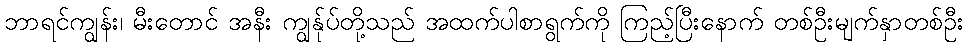
ဘာရင်ကျွန်း၊ မီးတောင် အနီး ကျွန်ုပ်တို့သည် အထက်ပါစာရွက်ကို ကြည့်ပြီးနောက် တစ်ဦးမျက်နှာတစ်ဦး